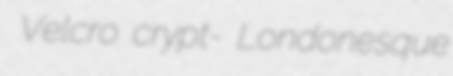
Velcro crypt- Londonesque